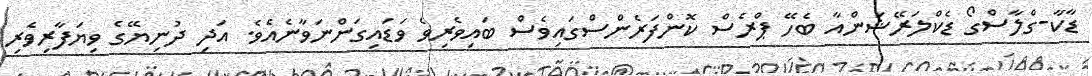
ޑާކާ-ގްލާސްގޯ ޑެކްލަރޭޝަންއާ ބެހޭ ޕްރެސް ކޮންފަރެންސްގައިވެސް ބައިވެރިވެ ވަޑައިގަންނަވާނެއެވެ. އަދި ދުނިޔޭގެ ވިޔަފާރިވެރި